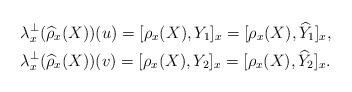
LaTeX: \begin{align*} &\lambda_x^\perp(\widehat{\rho}_x(X))(u) = [\rho_x(X), Y_1]_x = [\rho_x(X), \widehat{Y}_1]_x, \\ &\lambda_x^\perp(\widehat{\rho}_x(X))(v) = [\rho_x(X), Y_2]_x = [\rho_x(X), \widehat{Y}_2]_x. \end{align*}